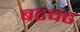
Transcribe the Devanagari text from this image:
बढचढ